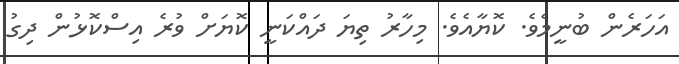
އަހަރެން ބުނީމެވެ. ކޮޔާއެވެ. މިހާރު ތިޔަ ދައްކަނީ ކޮޔަށް ވުރެ އިސްކޮޅުން ދިގު